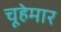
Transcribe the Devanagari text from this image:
चूहेमार